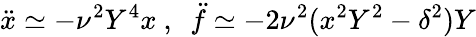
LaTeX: {\ddot{x}}\simeq-\nu^{2}Y^{4}x\ ,\ \ {\ddot{f}}\simeq-2\nu^{2}(x^{2}Y^{2}-\delta^{2})Y